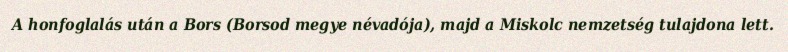
A honfoglalás után a Bors (Borsod megye névadója), majd a Miskolc nemzetség tulajdona lett.